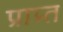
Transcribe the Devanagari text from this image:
प्राप्र्त